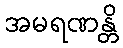
အမရဏန္တိ